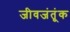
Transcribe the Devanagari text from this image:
जीवजंतूंक